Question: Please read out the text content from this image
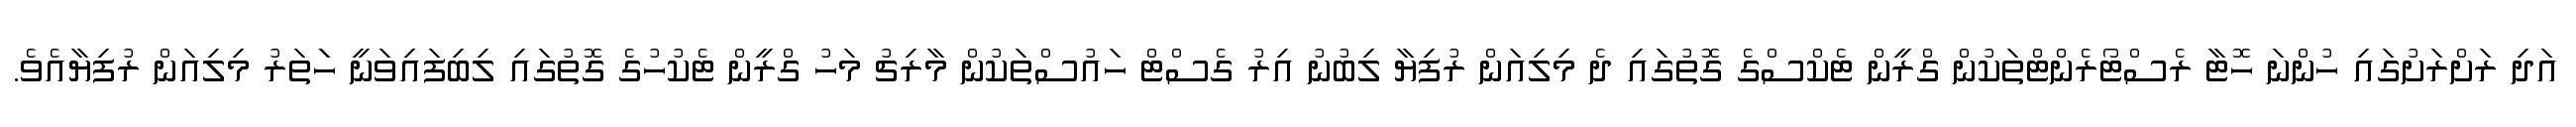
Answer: އަދި ރަށްރަށުގައި ހުންނަ ހޮޓާ ރެސްޓޯރެންޓްތަކުން ގްރީން ޓެކްސްގެ ގޮތުގައި ދެ މިލިއަން ރުފިޔާ ލިބުނު އިރު ގެސްޓް ހައުސްތަކުން މާރިޗު މަހު ގްރީން ޓެކުހުގެ ގޮތުގައި ލިބިފައިވަނީ ހަަތަރު މިލިއަން ރުފިޔާއެވެ.